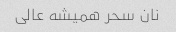
نان سحر همیشه عالی